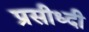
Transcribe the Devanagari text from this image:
प्रसीध्दी